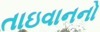
તાઇવાનનો